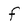
Character: f